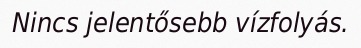
Nincs jelentősebb vízfolyás.